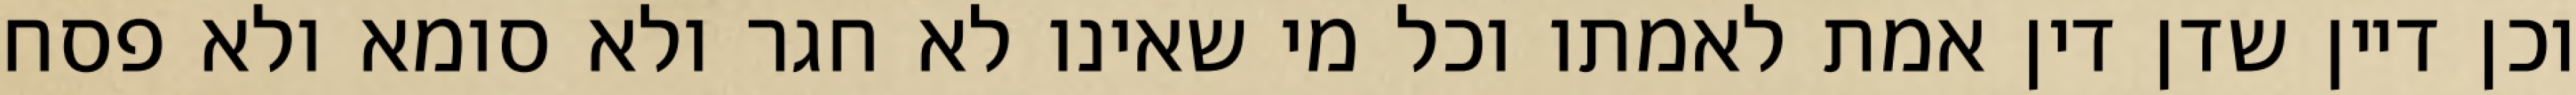
וכן דיין שדן דין אמת לאמתו וכל מי שאינו לא חגר ולא סומא ולא פסח